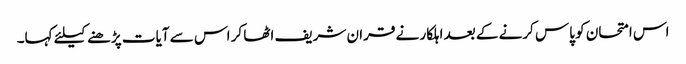
اس امتحان کو پاس کرنے کے بعد اہلکار نے قران شریف اٹھا کر اس سے آیات پڑھنے کیلئے کہا۔